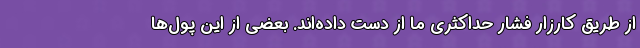
از طریق کارزار فشار حداکثری ما از دست داده‌اند. بعضی از این پول‌ها